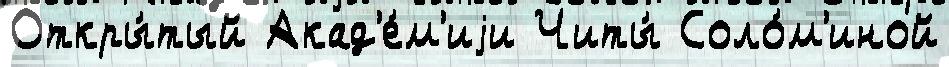
Откры́тый Акад'е́м'иjи Читы́ Соло́м'иной